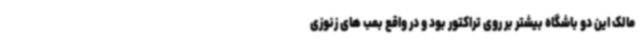
مالک این دو باشگاه بیشتر بر روی تراکتور بود و در واقع بمب های زنوزی